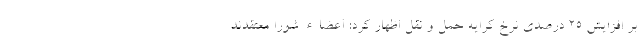
بر افزایش ۲۵ درصدی نرخ کرایه حمل و نقل اظهار کرد: اعضاء شورا معتقدند